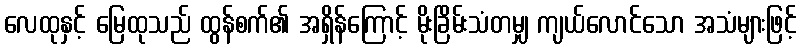
လေထုနှင့် မြေထုသည် ထွန်စက်၏ အရှိန်ကြောင့် မိုးခြိမ်းသံတမျှ ကျယ်လောင်သော အသံများဖြင့်